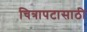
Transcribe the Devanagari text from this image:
चित्रापटासाठी